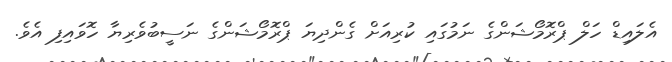
އެލައިޑް ހަލް ޕްރޮމޯޝަންގެ ނަމުގައި ކުރިއަށް ގެންދިޔަ ޕްރޮމޯޝަންގެ ނަސީބުވެރިޔާ ހޮވައިފި އެވެ.